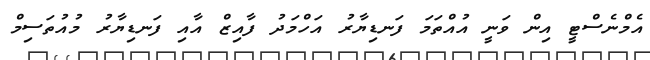
އެމްނެސްޓީ އިން ވަނީ އުއްތަމަ ފަނޑިޔާރު އަހްމަދު ފާއިޒް އާއި ފަނޑިޔާރު މުއުތަސިމް